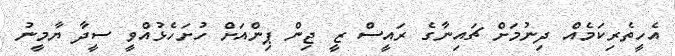
އެހީތެރިކަމެއް ދިނުމަށް ޗައިނާގެ ރައީސް ޒީ ޖިން ޕިންއަށް ހުށަހެޅުއްވީ ސީދާ ޔާމީނު